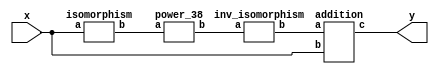
`timescale 1ns/100ps
module SMS32_2_38_np_9_4(x,y);
	 input [5:0] x;
	 output [5:0] y;
	 wire [5:0] z;
	 wire [5:0] w;
	 wire [5:0] p;
	 isomorphism C1 (x,z);
	 power_38 C2 (z,w);
	 inv_isomorphism C3 (w,p);
	 addition C4 (p,x,y);
endmodule

module add_base(a,b,c);
	 input [2:0] a;
	 input [2:0] b;
	 output [2:0] c;
	 assign c[0]=a[0]^b[0];
	 assign c[1]=a[1]^b[1];
	 assign c[2]=a[2]^b[2];
endmodule

module constant_multiplication_base_0(a,b);
	 input [2:0] a;
	 output [2:0] b;
	 assign b[0]=0;
	 assign b[1]=0;
	 assign b[2]=0;
endmodule

module constant_multiplication_base_1(a,b);
	 input [2:0] a;
	 output [2:0] b;
	 assign b[0]=a[0];
	 assign b[1]=a[1];
	 assign b[2]=a[2];
endmodule

module constant_multiplication_base_2(a,b);
	 input [2:0] a;
	 output [2:0] b;
	 assign b[0]=a[2];
	 assign b[1]=a[0];
	 assign b[2]=a[1]^a[2];
endmodule

module constant_multiplication_base_3(a,b);
	 input [2:0] a;
	 output [2:0] b;
	 assign b[0]=a[1]^a[2];
	 assign b[1]=a[2];
	 assign b[2]=a[0]^a[1]^a[2];
endmodule

module constant_multiplication_base_4(a,b);
	 input [2:0] a;
	 output [2:0] b;
	 assign b[0]=a[0]^a[1]^a[2];
	 assign b[1]=a[1]^a[2];
	 assign b[2]=a[0]^a[1];
endmodule

module constant_multiplication_base_5(a,b);
	 input [2:0] a;
	 output [2:0] b;
	 assign b[0]=a[0]^a[1];
	 assign b[1]=a[0]^a[1]^a[2];
	 assign b[2]=a[0]^a[2];
endmodule

module constant_multiplication_base_6(a,b);
	 input [2:0] a;
	 output [2:0] b;
	 assign b[0]=a[0]^a[2];
	 assign b[1]=a[0]^a[1];
	 assign b[2]=a[1];
endmodule

module constant_multiplication_base_7(a,b);
	 input [2:0] a;
	 output [2:0] b;
	 assign b[0]=a[1];
	 assign b[1]=a[0]^a[2];
	 assign b[2]=a[0];
endmodule

module multiplication_base(a,b,c);
	 input [2:0] a;
	 input [2:0] b;
	 output [2:0] c;
	 assign c[0]=(a[0]&b[0])^(a[1]&b[2])^(a[2]&b[1])^(a[2]&b[2]);
	 assign c[1]=(a[0]&b[1])^(a[1]&b[0])^(a[2]&b[2]);
	 assign c[2]=(a[2]&b[0])^(a[1]&b[1])^(a[0]&b[2])^(a[1]&b[2])^(a[2]&b[1])^(a[2]&b[2]);
endmodule

module square_base(a,b);
	 input [2:0] a;
	 output[2:0] b;
	 assign b[0]=a[0]^a[2];
	 assign b[1]=a[2];
	 assign b[2]=a[1]^a[2];
endmodule

module four_base(a,b);
	 input [2:0] a;
	 output[2:0] b;
	 assign b[0]=a[0]^a[1];
	 assign b[1]=a[1]^a[2];
	 assign b[2]=a[1];
endmodule

module three_base(a,b);
	 input [2:0] a;
	 output [2:0] b;
	 assign b[0]=a[0]^a[1]^(a[0]&a[2]);
	 assign b[1]=a[2]^(a[0]&a[2])^(a[0]&a[1]);
	 assign b[2]=a[1]^a[2]^(a[1]&a[2])^(a[0]&a[1]);
endmodule

module six_base(a,b);
	 input [2:0] a;
	 output [2:0] b;
	 assign b[0]=a[0]^a[2]^(a[0]&a[1])^(a[0]&a[2])^(a[1]&a[2]);
	 assign b[1]=a[1]^a[2]^(a[1]&a[2])^(a[0]&a[1]);
	 assign b[2]=a[1]^(a[1]&a[2])^(a[0]&a[2]);
endmodule

module power_38(a,b);
	 input [5:0] a;
	 output [5:0] b;
	 wire [2:0] x_0;
	 wire [2:0] x_1;
	 wire [2:0] x_2;
	 wire [2:0] x_3;
	 wire [2:0] x_4;
	 wire [2:0] x_5;
	 wire [2:0] x_6;
	 wire [2:0] x_7;
	 wire [2:0] y_0;
	 wire [2:0] y_1;
	 wire [2:0] y_2;
	 wire [2:0] y_3;
	 wire [2:0] y_4;
	 wire [2:0] y_5;
	 wire [2:0] w_00;
	 wire [2:0] w_01;
	 wire [2:0] w_02;
	 wire [2:0] w_03;
	 wire [2:0] w_04;
	 wire [2:0] w_05;
	 wire [2:0] w_10;
	 wire [2:0] w_11;
	 wire [2:0] w_12;
	 wire [2:0] w_13;
	 wire [2:0] w_14;
	 wire [2:0] w_15;
	 wire [2:0] z_00;
	 wire [2:0] z_01;
	 wire [2:0] z_02;
	 wire [2:0] z_03;
	 wire [2:0] z_04;
	 wire [2:0] z_10;
	 wire [2:0] z_11;
	 wire [2:0] z_12;
	 wire [2:0] z_13;
	 wire [2:0] z_14;
	 assign x_0[0]=a[0];
	 assign x_0[1]=a[1];
	 assign x_0[2]=a[2];
	 assign x_1[0]=a[3];
	 assign x_1[1]=a[4];
	 assign x_1[2]=a[5];
	 three_base  A1 (x_0,y_0);
	 three_base A2 (x_1,y_1);
	 six_base A3 (x_0,x_2);
	 six_base A4 (x_1,x_3);
	 four_base  A5 (x_0,x_4);
	 four_base A6 (x_1,x_5);
	 square_base  A7 (x_0,x_6);
	 square_base A8 (x_1,x_7);
	 multiplication_base A9 (x_2,x_5,y_2);
	 multiplication_base A10 (x_3,x_4,y_3);
	 multiplication_base A11 (x_6,x_1,y_4);
	 multiplication_base A12 (x_7,x_0,y_5);
	 constant_multiplication_base_4 MC00 (y_0,w_00);
	 constant_multiplication_base_7 MC01 (y_1,w_01);
	 constant_multiplication_base_7 MC02 (y_2,w_02);
	 constant_multiplication_base_3 MC03 (y_3,w_03);
	 constant_multiplication_base_4 MC04 (y_4,w_04);
	 constant_multiplication_base_7 MC05 (y_5,w_05);
	 constant_multiplication_base_7 MC10 (y_0,w_10);
	 constant_multiplication_base_4 MC11 (y_1,w_11);
	 constant_multiplication_base_3 MC12 (y_2,w_12);
	 constant_multiplication_base_7 MC13 (y_3,w_13);
	 constant_multiplication_base_7 MC14 (y_4,w_14);
	 constant_multiplication_base_4 MC15 (y_5,w_15);
	 add_base AB00 (w_00,w_01,z_00);
	 add_base AB01 (w_02,z_00,z_01);
	 add_base AB02 (w_03,z_01,z_02);
	 add_base AB03 (w_04,z_02,z_03);
	 add_base AB04 (w_05,z_03,z_04);
	 add_base AB10 (w_10,w_11,z_10);
	 add_base AB11 (w_12,z_10,z_11);
	 add_base AB12 (w_13,z_11,z_12);
	 add_base AB13 (w_14,z_12,z_13);
	 add_base AB14 (w_15,z_13,z_14);
	 assign b[0]=z_04[0];
	 assign b[1]=z_04[1];
	 assign b[2]=z_04[2];
	 assign b[3]=z_14[0];
	 assign b[4]=z_14[1];
	 assign b[5]=z_14[2];
endmodule

module inv_isomorphism(a,b);
	 input [5:0] a;
	 output [5:0] b;
	 assign b[0]=a[2]^a[3]^a[4];
	 assign b[1]=a[0]^a[2]^a[3]^a[4];
	 assign b[2]=a[1]^a[3]^a[5];
	 assign b[3]=a[0]^a[2]^a[4]^a[5];
	 assign b[4]=a[0]^a[5];
	 assign b[5]=a[1]^a[2]^a[3]^a[4];
endmodule

module isomorphism(a,b);
	 input [5:0] a;
	 output [5:0] b;
	 assign b[0]=a[0]^a[2]^a[3];
	 assign b[1]=a[1]^a[5];
	 assign b[2]=a[0]^a[1]^a[2]^a[3];
	 assign b[3]=a[0]^a[2];
	 assign b[4]=a[2];
	 assign b[5]=a[0]^a[1]^a[2]^a[3]^a[4];
endmodule

module addition(a,b,c);
	 input [5:0] a;
	 input [5:0] b;
	 wire t;
	 output [5:0] c;
	 assign t=b[2]^b[4];
	 assign c[0]=a[0]^t;
	 assign c[1]=a[1]^t;
	 assign c[2]=a[2]^t;
	 assign c[3]=a[3]^t;
	 assign c[4]=a[4]^t;
	 assign c[5]=a[5]^t;
endmodule